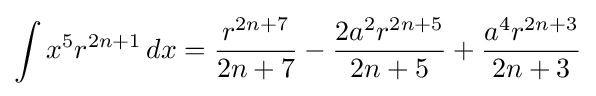
\int x^{5}r^{2n+1}\,dx={\frac {r^{2n+7}}{2n+7}}-{\frac {2a^{2}r^{2n+5}}{2n+5}}+{\frac {a^{4}r^{2n+3}}{2n+3}}